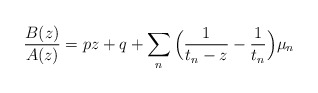
\begin{align*}\frac{B(z)}{A(z)} = pz+q + \sum_n \Big(\frac{1}{t_n-z} -\frac{1}{t_n}\Big) \mu_n\end{align*}